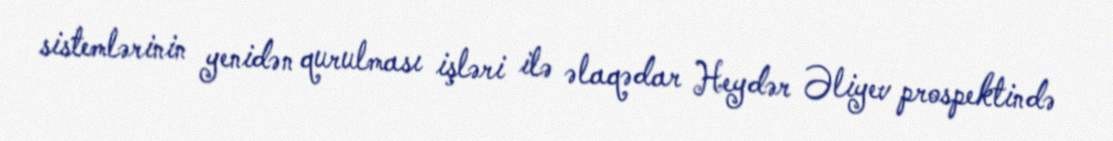
sistemlərinin yenidən qurulması işləri ilə əlaqədar Heydər Əliyev prospektində